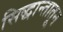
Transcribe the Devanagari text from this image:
सिद्धान्तातून